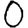
Digit: 0